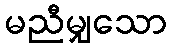
မညီမျှသော